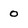
Character: O